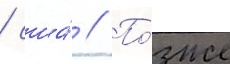
/ сша́ // По́зже